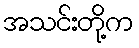
အသင်းတို့က